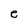
Character: e